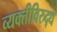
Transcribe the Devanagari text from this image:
व्यक्तीविरुद्ध